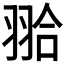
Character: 𦐬